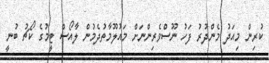
ކުރިން މިއަދު މެންދުރު ފަހު ނޫސްވެރިންނަށް މައުލޫމާތުދެމުން ލާއޯސް ޓީމުގެ ކޯޗު ބުނީ